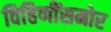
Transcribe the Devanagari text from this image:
विहिणींसमोर